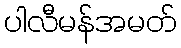
ပါလီမန်အမတ်